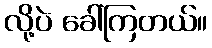
လို့ပဲ ခေါ်ကြတယ်။